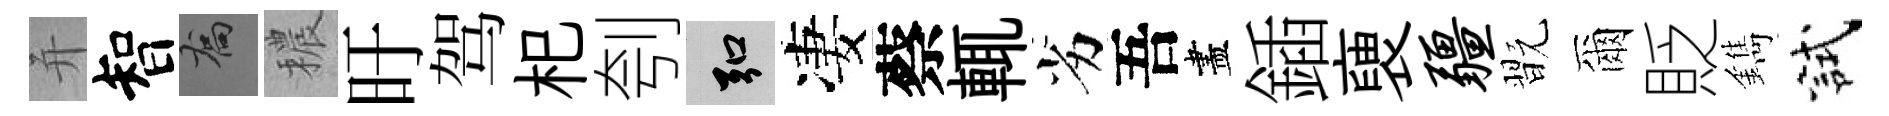
并智喬穠旴驾𣏌刳弘凄蔡輒劣吾盡鍤褏疆翫爾貶鐫試